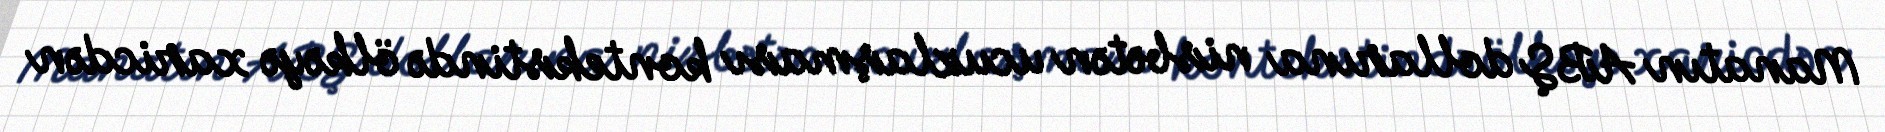
Manatın ABŞ dollarına nisbətən ucuzlaşması kontekstində ölkəyə xaricdən